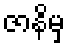
ဇာနိမှ